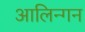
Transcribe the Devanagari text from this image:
आलिन्गन